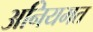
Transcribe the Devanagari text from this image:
अनियमत